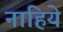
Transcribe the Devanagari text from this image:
नाहिये